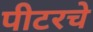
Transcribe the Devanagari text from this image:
पीटरचे